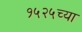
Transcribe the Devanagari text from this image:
१५२५च्या